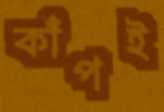
কাঁপই